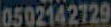
0502142729